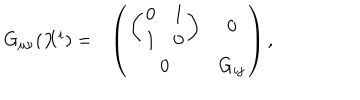
\begin{array} { c c } { { G _ { \mu \nu } ( X ^ { i } ) = } } & { { \left( \begin{array} { c c } { { \left( \begin{array} { c c } { { 0 } } & { { 1 } } \\ { { 1 } } & { { 0 } } \\ \end{array} \right) } } & { { 0 } } \\ { { 0 } } & { { G _ { i j } } } \\ \end{array} \right) , } } \\ \end{array}